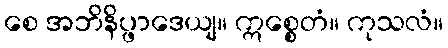
စေ အဘိနိပ္ဖာဒေယျ။ ဣစ္စေတံ။ ကုသလံ။